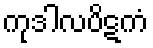
ကုဒါလပိဋကံ